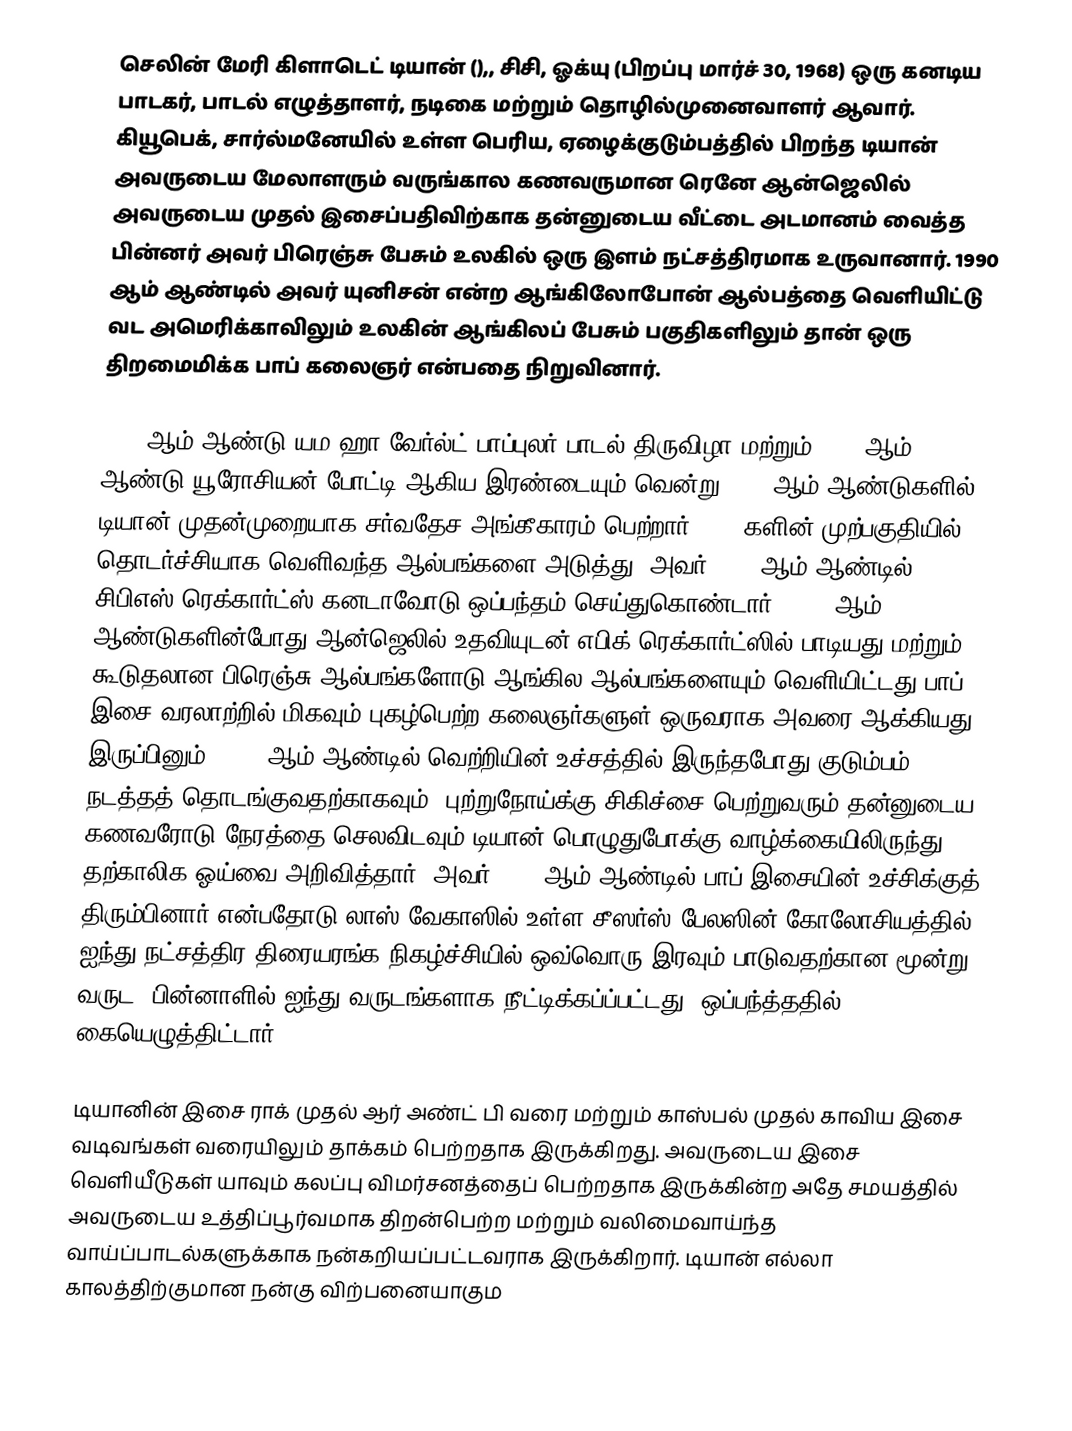
செலின் மேரி கிளாடெட் டியான் (),, சிசி, ஓக்யு (பிறப்பு  மார்ச் 30, 1968) ஒரு கனடிய பாடகர், பாடல் எழுத்தாளர், நடிகை மற்றும் தொழில்முனைவாளர் ஆவார். கியூபெக், சார்ல்மனேயில் உள்ள பெரிய, ஏழைக்குடும்பத்தில் பிறந்த டியான் அவருடைய மேலாளரும் வருங்கால கணவருமான ரெனே ஆன்ஜெலில் அவருடைய முதல் இசைப்பதிவிற்காக தன்னுடைய வீட்டை அடமானம் வைத்த பின்னர் அவர் பிரெஞ்சு பேசும் உலகில் ஒரு இளம் நட்சத்திரமாக உருவானார். 1990 ஆம் ஆண்டில் அவர் யுனிசன்  என்ற ஆங்கிலோபோன் ஆல்பத்தை வெளியிட்டு வட அமெரிக்காவிலும் உலகின் ஆங்கிலப் பேசும் பகுதிகளிலும் தான் ஒரு திறமைமிக்க பாப் கலைஞர் என்பதை நிறுவினார்.

1982 ஆம் ஆண்டு யம ஹா வேர்ல்ட் பாப்புலர் பாடல் திருவிழா மற்றும் 1988 ஆம் ஆண்டு யூரோசியன் போட்டி ஆகிய இரண்டையும் வென்று 1980 ஆம் ஆண்டுகளில் டியான் முதன்முறையாக சர்வதேச அங்கீகாரம் பெற்றார். 1980களின் முற்பகுதியில் தொடர்ச்சியாக வெளிவந்த ஆல்பங்களை அடுத்து, அவர் 1986 ஆம் ஆண்டில் சிபிஎஸ் ரெக்கார்ட்ஸ் கனடாவோடு ஒப்பந்தம் செய்துகொண்டார்.  1990 ஆம் ஆண்டுகளின்போது ஆன்ஜெலில் உதவியுடன் எபிக் ரெக்கார்ட்ஸில் பாடியது மற்றும் கூடுதலான பிரெஞ்சு ஆல்பங்களோடு ஆங்கில ஆல்பங்களையும் வெளியிட்டது பாப் இசை வரலாற்றில் மிகவும் புகழ்பெற்ற கலைஞர்களுள் ஒருவராக அவரை ஆக்கியது. இருப்பினும், 1999 ஆம் ஆண்டில் வெற்றியின் உச்சத்தில் இருந்தபோது குடும்பம் நடத்தத் தொடங்குவதற்காகவும், புற்றுநோய்க்கு சிகிச்சை பெற்றுவரும் தன்னுடைய கணவரோடு நேரத்தை செலவிடவும் டியான் பொழுதுபோக்கு வாழ்க்கையிலிருந்து தற்காலிக ஓய்வை அறிவித்தார். அவர் 2002 ஆம் ஆண்டில் பாப் இசையின் உச்சிக்குத் திரும்பினார் என்பதோடு லாஸ் வேகாஸில் உள்ள சீஸர்ஸ் பேலஸின் கோலோசியத்தில் ஐந்து நட்சத்திர திரையரங்க நிகழ்ச்சியில் ஒவ்வொரு  இரவும் பாடுவதற்கான மூன்று வருட (பின்னாளில் ஐந்து வருடங்களாக நீட்டிக்கப்ப்பட்டது) ஒப்பந்த்ததில் கையெழுத்திட்டார்.

டியானின் இசை ராக் முதல் ஆர் அண்ட் பி வரை மற்றும் காஸ்பல் முதல் காவிய இசை வடிவங்கள் வரையிலும் தாக்கம் பெற்றதாக இருக்கிறது. அவருடைய இசை வெளியீடுகள் யாவும் கலப்பு விமர்சனத்தைப் பெற்றதாக இருக்கின்ற அதே சமயத்தில் அவருடைய உத்திப்பூர்வமாக திறன்பெற்ற மற்றும் வலிமைவாய்ந்த வாய்ப்பாடல்களுக்காக நன்கறியப்பட்டவராக இருக்கிறார். டியான் எல்லா காலத்திற்குமான நன்கு விற்பனையாகும